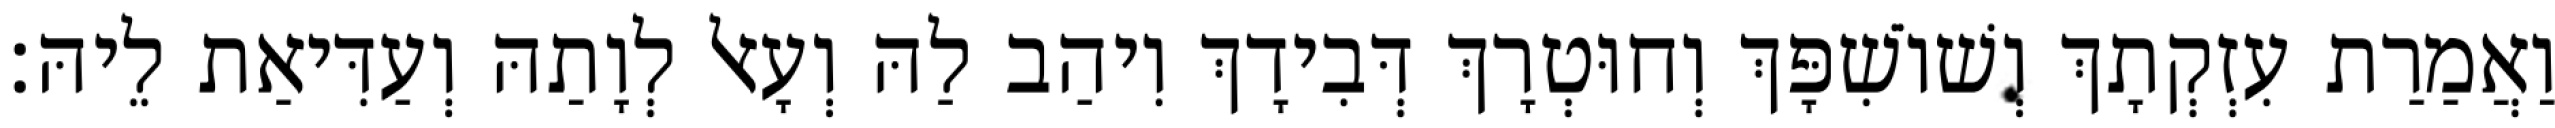
וַאֲמַרַת עִזְקְתָךְ וְשׁוֹשִׁפָּךְ וְחוּטְרָךְ דְּבִידָךְ וִיהַב לַהּ וְעָאל לְוָתַהּ וְעַדִּיאַת לֵיהּ׃